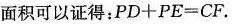
面积可以证得：$$P D + P E = C F$$.